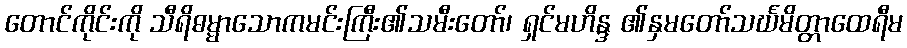
တောင်ကိုင်းကို သီရိဓမ္မာသောကမင်းကြီး၏သမီးတော်၊ ရှင်မဟိန္ဒ ၏နှမတော်သင်္ဃမိတ္တာထေရီမ